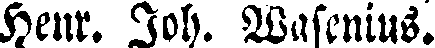
Henr. Joh. Wasenius.